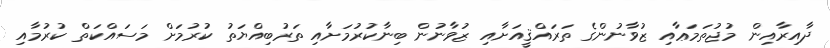
ދާއިރާއިން މުޖުތަމަޢާއި ޒުވާނުންގެ ތަރައްޤީއަށާއި ޒުވާނުން ބިނާކުރުމަށާއި ތަރުބިއްޔަތު ކުރުމަށް މަސައްކަތް ކުރުމާއި